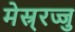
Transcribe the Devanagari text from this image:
मेस्र्रज्जु